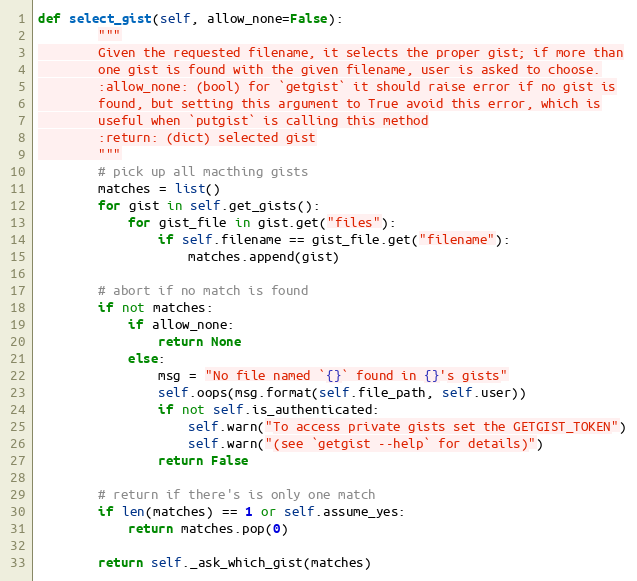
Language: Python
def select_gist(self, allow_none=False):
        """
        Given the requested filename, it selects the proper gist; if more than
        one gist is found with the given filename, user is asked to choose.
        :allow_none: (bool) for `getgist` it should raise error if no gist is
        found, but setting this argument to True avoid this error, which is
        useful when `putgist` is calling this method
        :return: (dict) selected gist
        """
        # pick up all macthing gists
        matches = list()
        for gist in self.get_gists():
            for gist_file in gist.get("files"):
                if self.filename == gist_file.get("filename"):
                    matches.append(gist)

        # abort if no match is found
        if not matches:
            if allow_none:
                return None
            else:
                msg = "No file named `{}` found in {}'s gists"
                self.oops(msg.format(self.file_path, self.user))
                if not self.is_authenticated:
                    self.warn("To access private gists set the GETGIST_TOKEN")
                    self.warn("(see `getgist --help` for details)")
                return False

        # return if there's is only one match
        if len(matches) == 1 or self.assume_yes:
            return matches.pop(0)

        return self._ask_which_gist(matches)